Leaving Certificate Examination (including Day School Certificate (Higher) General paper), 1930
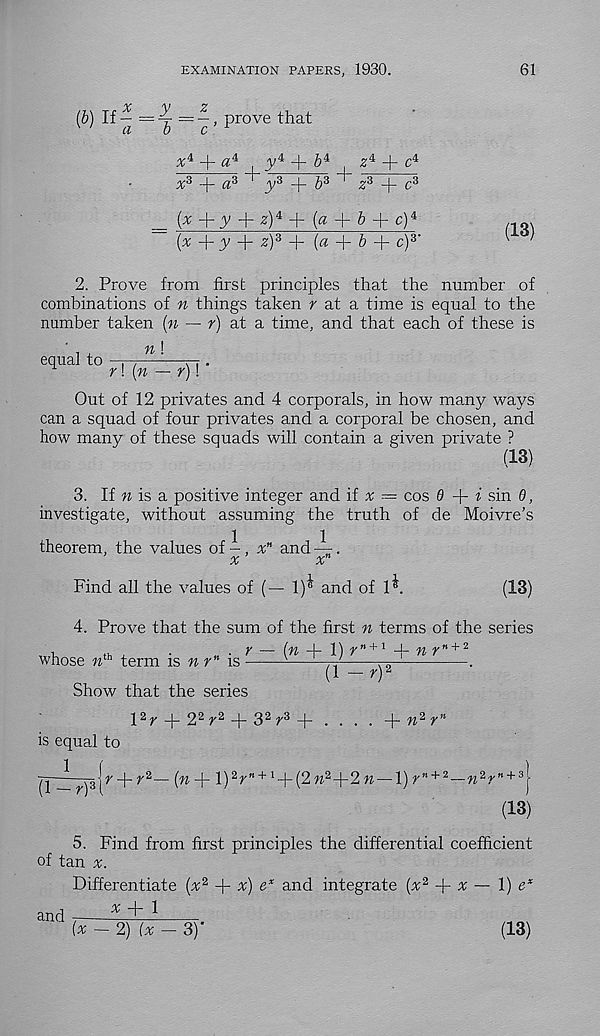
EXAMINATION PAPERS, 1930.
(&) If
^
, prove that
+ « 4
jy 4 + & 4 , -z 4 + c 4
+ <* 3
jy 3 + ^3
■ z 3 + c 3
=
+ 3^ + ^) 4 + (a -h & + C) 4
(% + 3/ + ^) 3 + (fl + 5 + c) 3 '
2. Prove from first principles that the number of
combinations of n things taken r at a time is equal to the
number taken [n — r) at a time, and that each of these is
equal to -------—r- .
r\(n — r)\
Out of 12 privates and 4 corporals, in how many ways
can a squad of four privates and a corporal be chosen, and
how many of these squads will contain a given private ?
(13)
3. If « is a positive integer and if x — cos 0
i sin 6,
investigate, without assuming the truth of de Moivre’s
theorem, the values of - , x n and —.
%
x
Find all the values of (— 1)^ and of 1^.
(13)
61
(13)
4. Prove that the sum of the first n terms of the series
whose « th term is n r" is
——rr
■
(1 — r) 1
Show that the series
l 2 r + 2 2 r 2 -j-3 2 f 3 + . . . .
r
n
is equal to
J^~ry}{ r + r ‘ i — (» + l)V I + 1 + (2» 2 +2» —l)r’ , + 2 —w 2 r' , + 3 j
(13)
5. Find from first principles the differential coefficient
of tan
and
Differentiate [x* + x) e x and integrate (x 2
x — 1) c x
x
l
(x -2) (x- 3)'
(13)